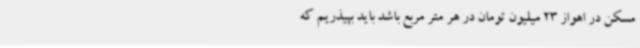
مسکن در اهواز 23 میلیون تومان در هر متر مربع باشد باید بپیذریم که